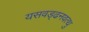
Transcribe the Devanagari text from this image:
यसवड्ढनवत्थु